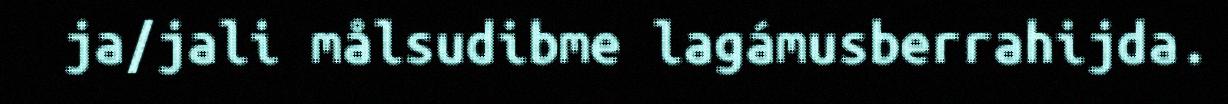
ja/jali målsudibme lagámusberrahijda.